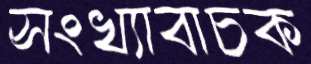
সংখ্যাবাচক